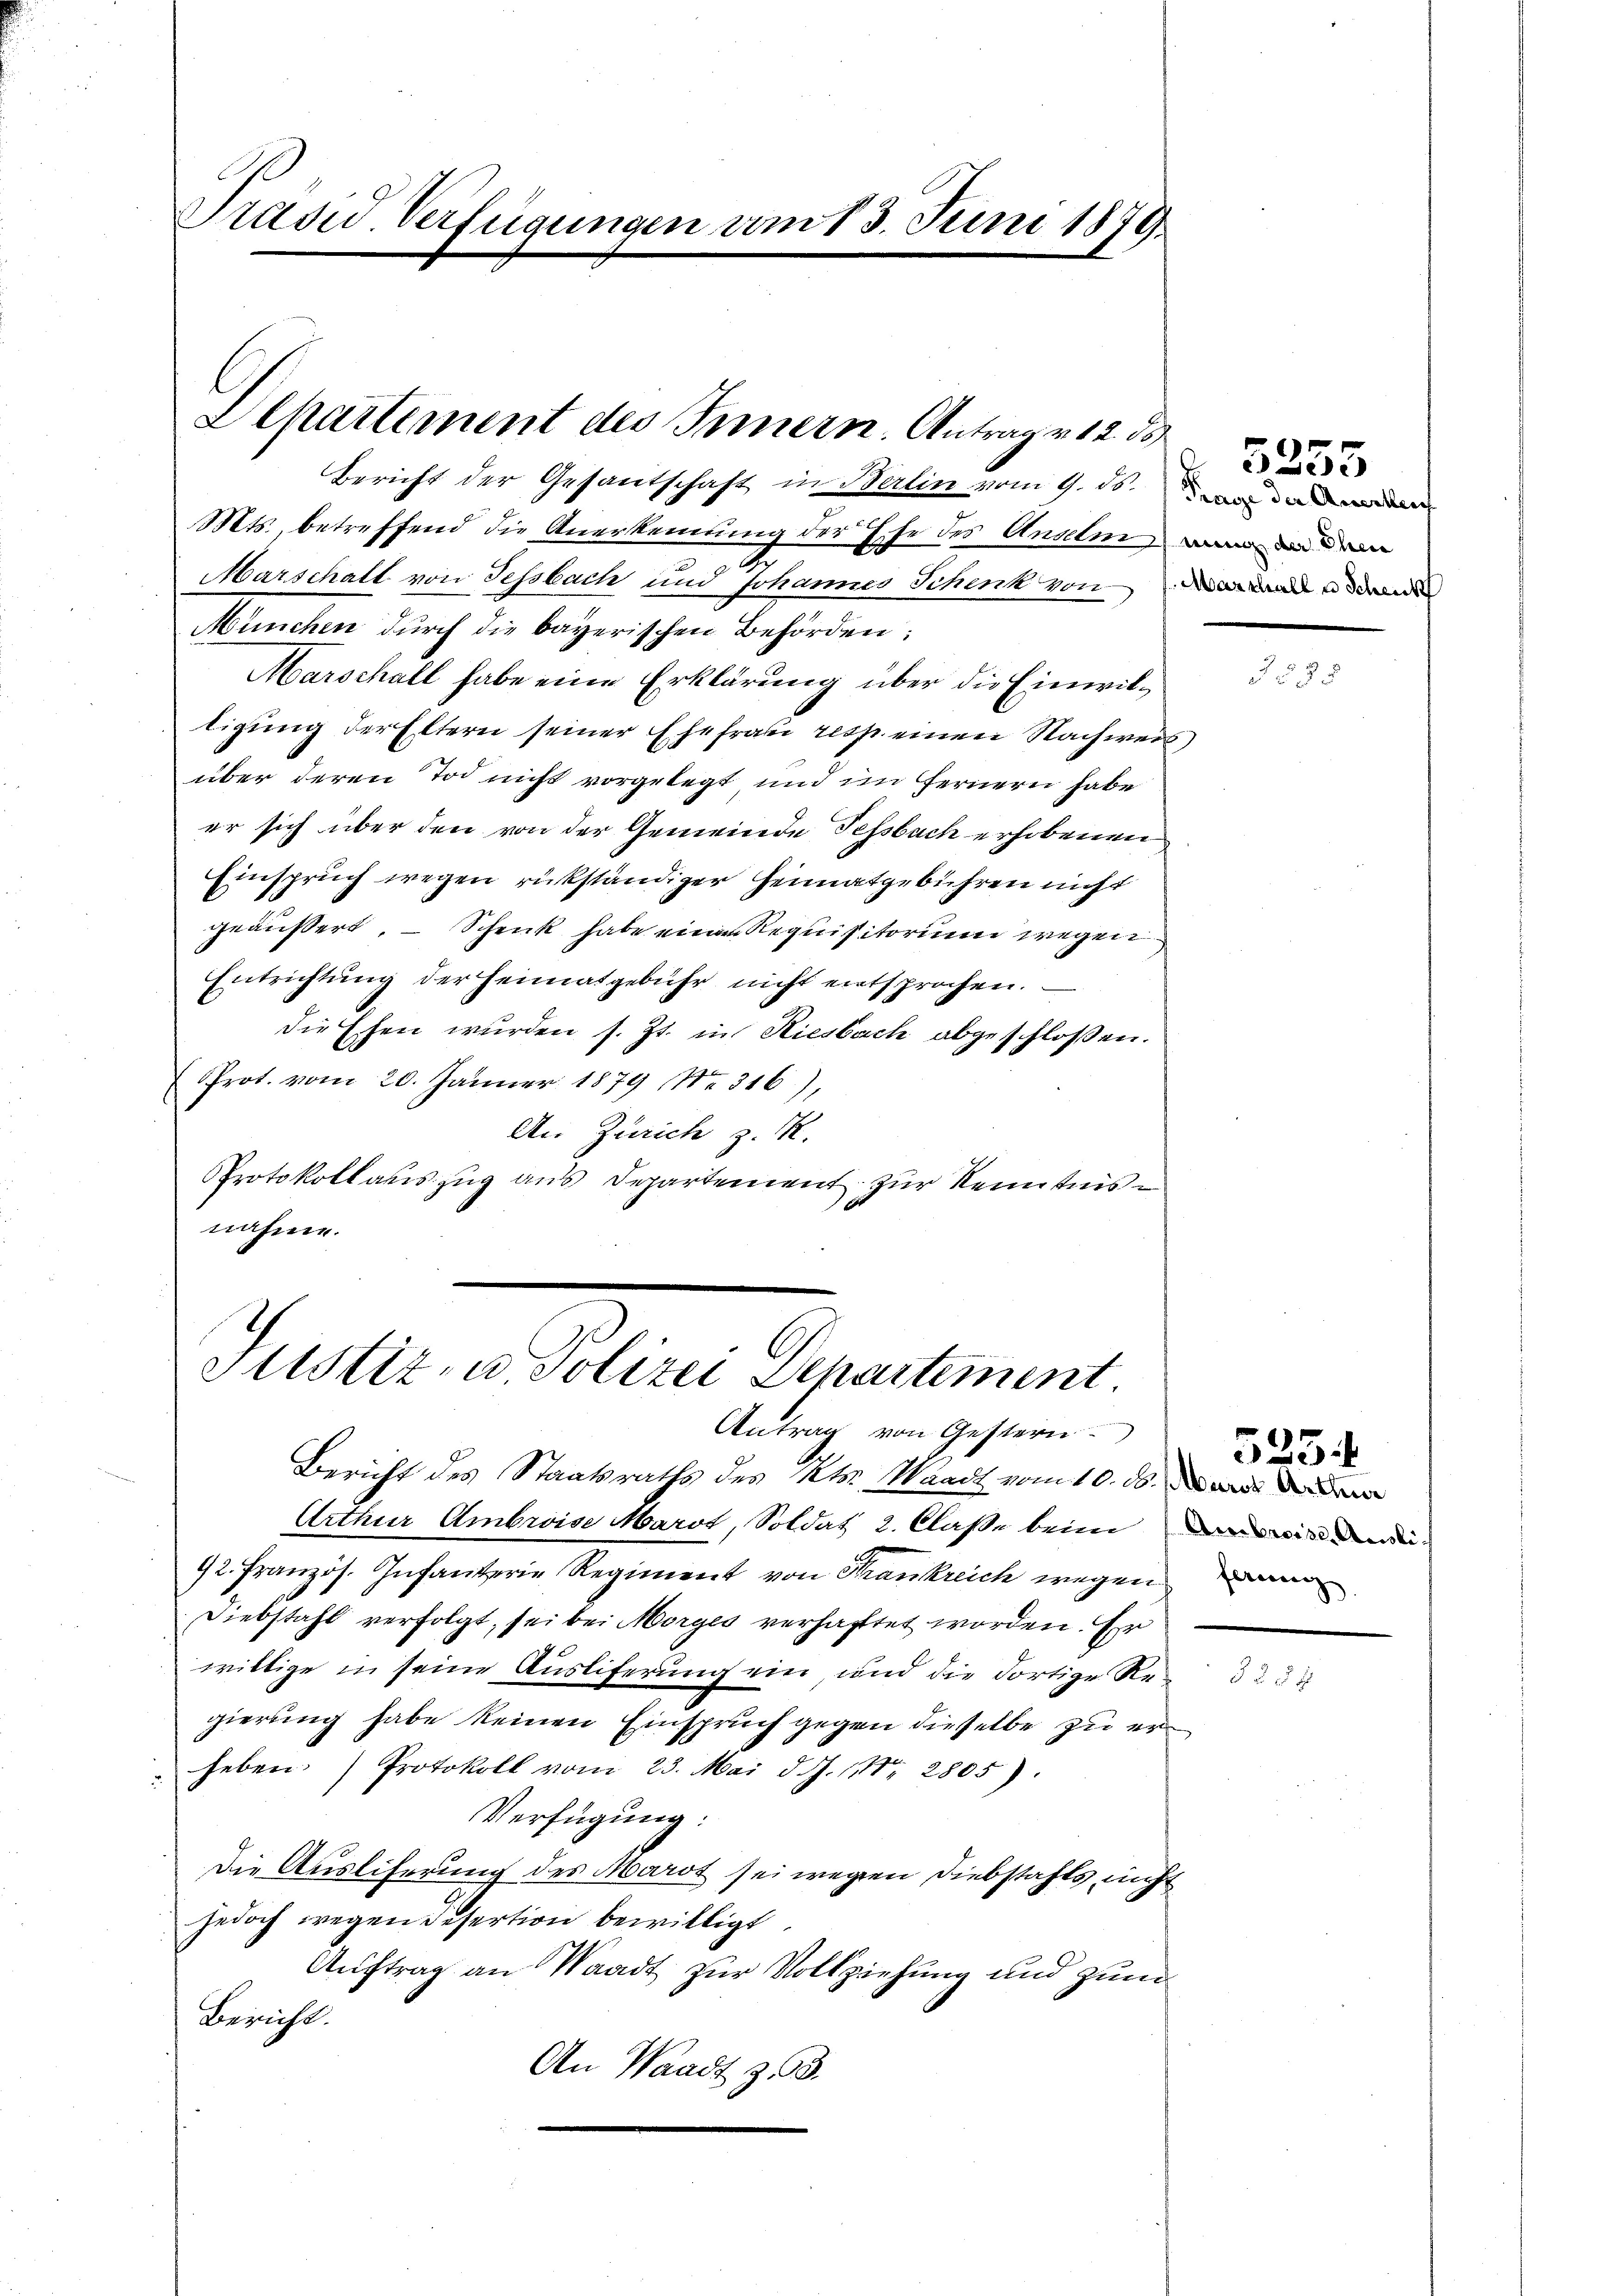
Mts., betreffend die Anerkennung der
he des Anseli wan an dem
Marschalt von Tessbach und Johannes Schenk von und den
München durch die bayerischen Behörden:
Marschall habe eine Erklärung über die Einwilligung der Eltern seiner Ehefrau resp. einen Nachweis
über deren Tod nicht vorgelegt und im fernern habe
er sich über den von der Gemeinde Tessbach erhobenen
Einspruch wegen rükständiger Heimatgebühren nicht
geäußert. — Schenk habe ein Requisitorium wegen
Entrichtung der Heimatgebühr nicht entsprochen.
die Ehen wurden s. Zt. in Riesbach abgeschlossen.
Prot. vom 20. Jänner 1879 Nr. 316),
An Zürich z. R.
Protokoll auszug aus Departement zur Kenntnis
nahme.

Präsid Verfügungen vom 13. Juni 1878.

Departement des Innern. Antrage 12. d.

Bericht der Gesantschaft in Berlin vom 9. ds. de

Justiz- u Polizei Departement.
Antrag von Gestern

Bericht des Staatsraths des Kts. Waadt vom 10. d.
Arthur Ambroise Marot, Soldat 2. Claße beim in den
72. Französ. Infanterie Regiment von Trankreich wegen
Diebstahl verfolgt, sei bei Morges verhaftet worden. Er
willige in seine Auslieferung ein und die dortige Regierung habe keinen Einspruch gegen dieselbe zu er¬
 heben. Protokoll vom 23. Mai d. J. 18. 2805)
Verfügung:
Die Ausliferung des Marot sei wegen Diebstahls, nicht
jedoch wegen Desertion bewilligt
Auftrag an Waadt zur Vollziehung und zum
Bericht.
An Waadt z. 3.

5255

525.